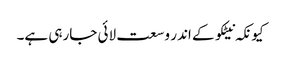
کیونکہ نیٹکو کے اندر وسعت لائی جارہی ہے۔